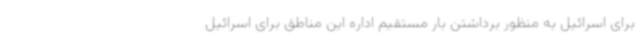
برای اسرائیل به منظور برداشتن بار مستقیم اداره این مناطق برای اسرائیل